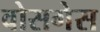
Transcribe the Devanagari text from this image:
वोसगेस